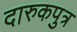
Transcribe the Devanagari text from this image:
दारुकपुत्र